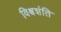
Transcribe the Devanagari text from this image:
विश्वशंति